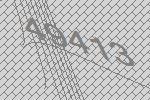
49413